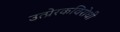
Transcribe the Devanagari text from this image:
उत्प्रेरकविरोधी